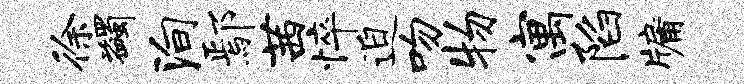
徐蠲殉鄢茜悴迫吻物寓陷牖